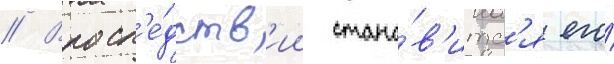
// Впосл'е́дств'ии стано́в'итс'я его́